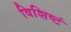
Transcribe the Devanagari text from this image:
विशिष्टं